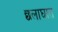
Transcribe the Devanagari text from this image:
छलाघात